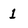
Character: 1